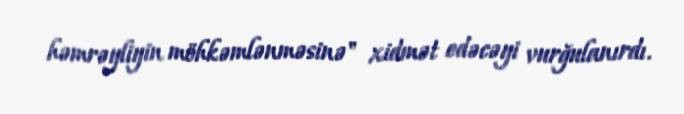
həmrəyliyin möhkəmlənməsinə" xidmət edəcəyi vurğulanırdı.